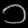
Digit: ၁